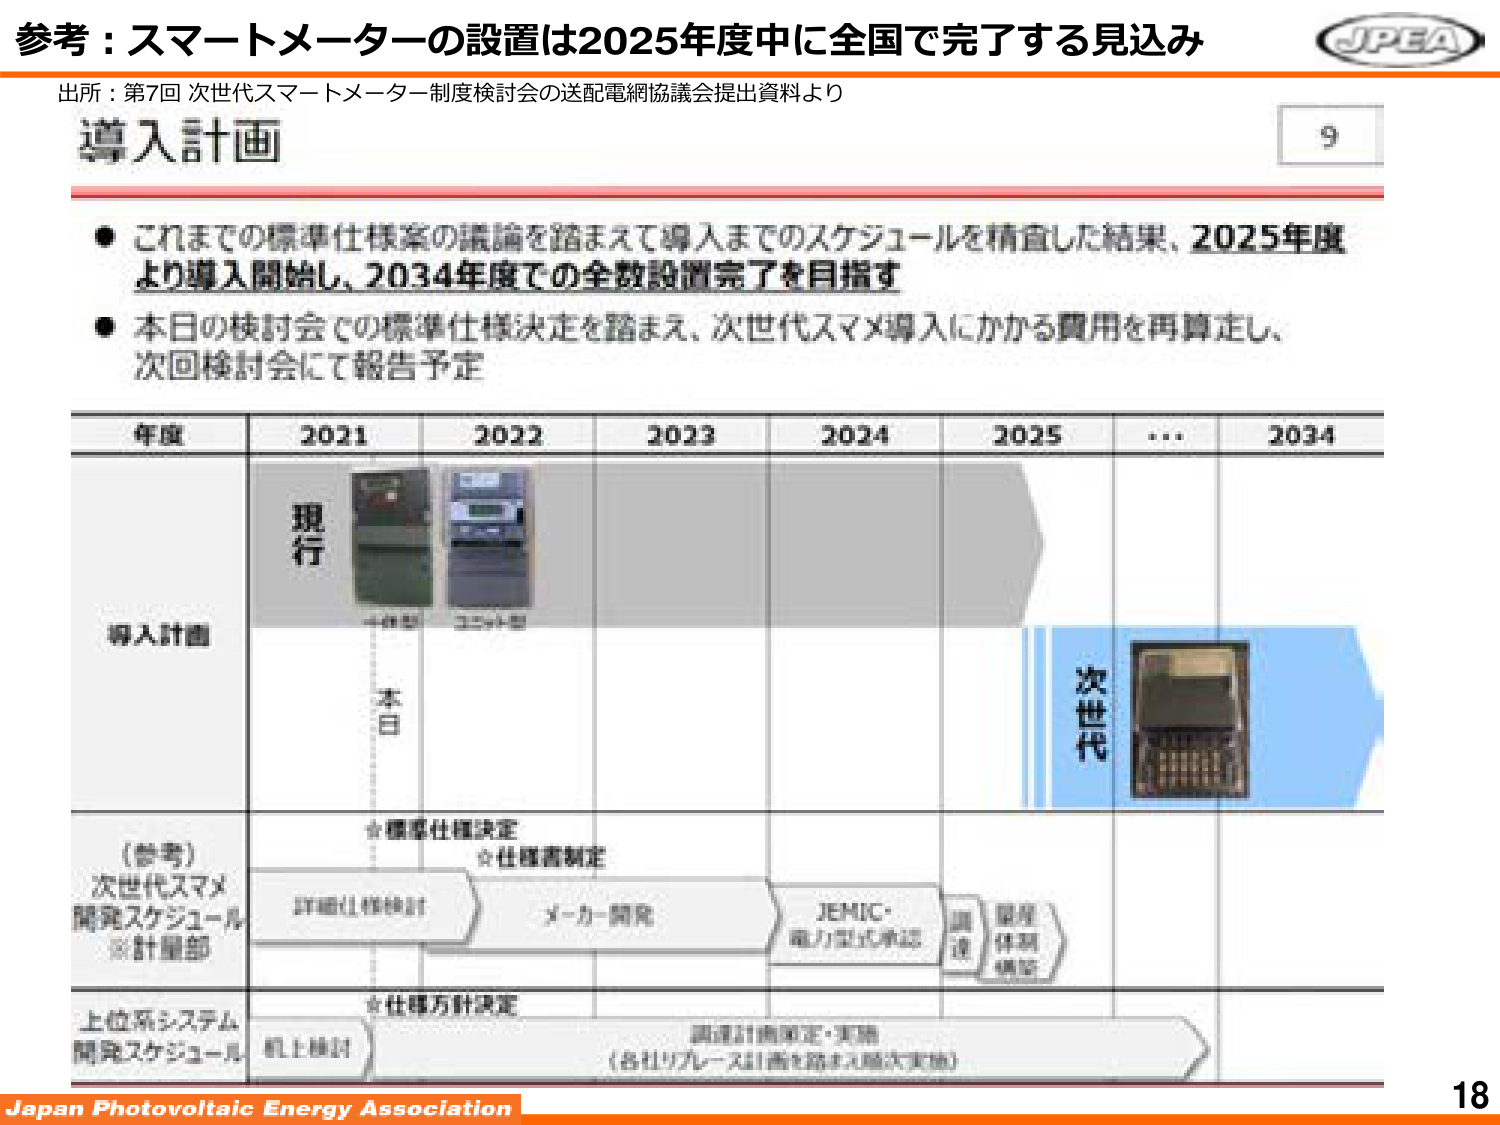
参考：スマートメーターの設置は2025年度中に全国で完了する見込み
出所：第7回 次世代スマートメーター制度検討会の送配電網協議会提出資料より
導入計画
● これまでの標準仕様案の議論を踏まえて導入までのスケジュールを精査した結果、2025年度より導入開始し、2034年度での全数設置完了を目指す
● 本日の検討会での標準仕様決定を踏まえ、次世代スマメ導入にかかる費用を再算定し、次回検討会にて報告予定

年度 2021 2022 2023 2024 2025 … 2034
導入計画
現行
（参考）次世代スマメ開発スケジュール※計量部
☆標準仕様決定
☆仕様書制定
詳細仕様検討
メーカー開発
JEMIC・電力業界承認
調達
量産供給構築
上位系システム開発スケジュール
☆仕様方針決定
机上検討
調達計画決定・実施
（各社リプレース計画を踏まえ順次実施）
Japan Photovoltaic Energy Association
18
JPEA
9
次世代